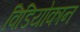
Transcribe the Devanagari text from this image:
विडियोकान